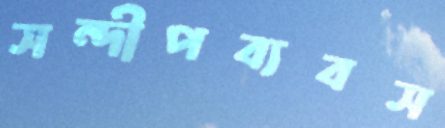
সন্দীপব্যবস